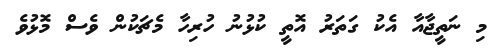
މި ނަތީޖާއާ އެކު ގަތަރު އޮތީ ކުޅުނު ހުރިހާ މެޗަކުން ވެސް މޮޅުވެ